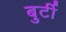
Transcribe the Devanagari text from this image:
बुर्टी